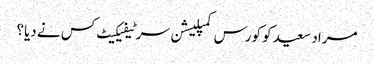
مراد سعید کو کورس کمپلیشن سرٹیفیکیٹ کس نے دیا؟